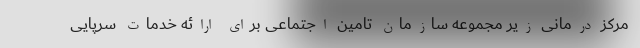
مرکز درمانی زیر مجموعه سازمان تامین اجتماعی برای ارائه خدمات سرپایی